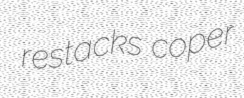
restacks coper